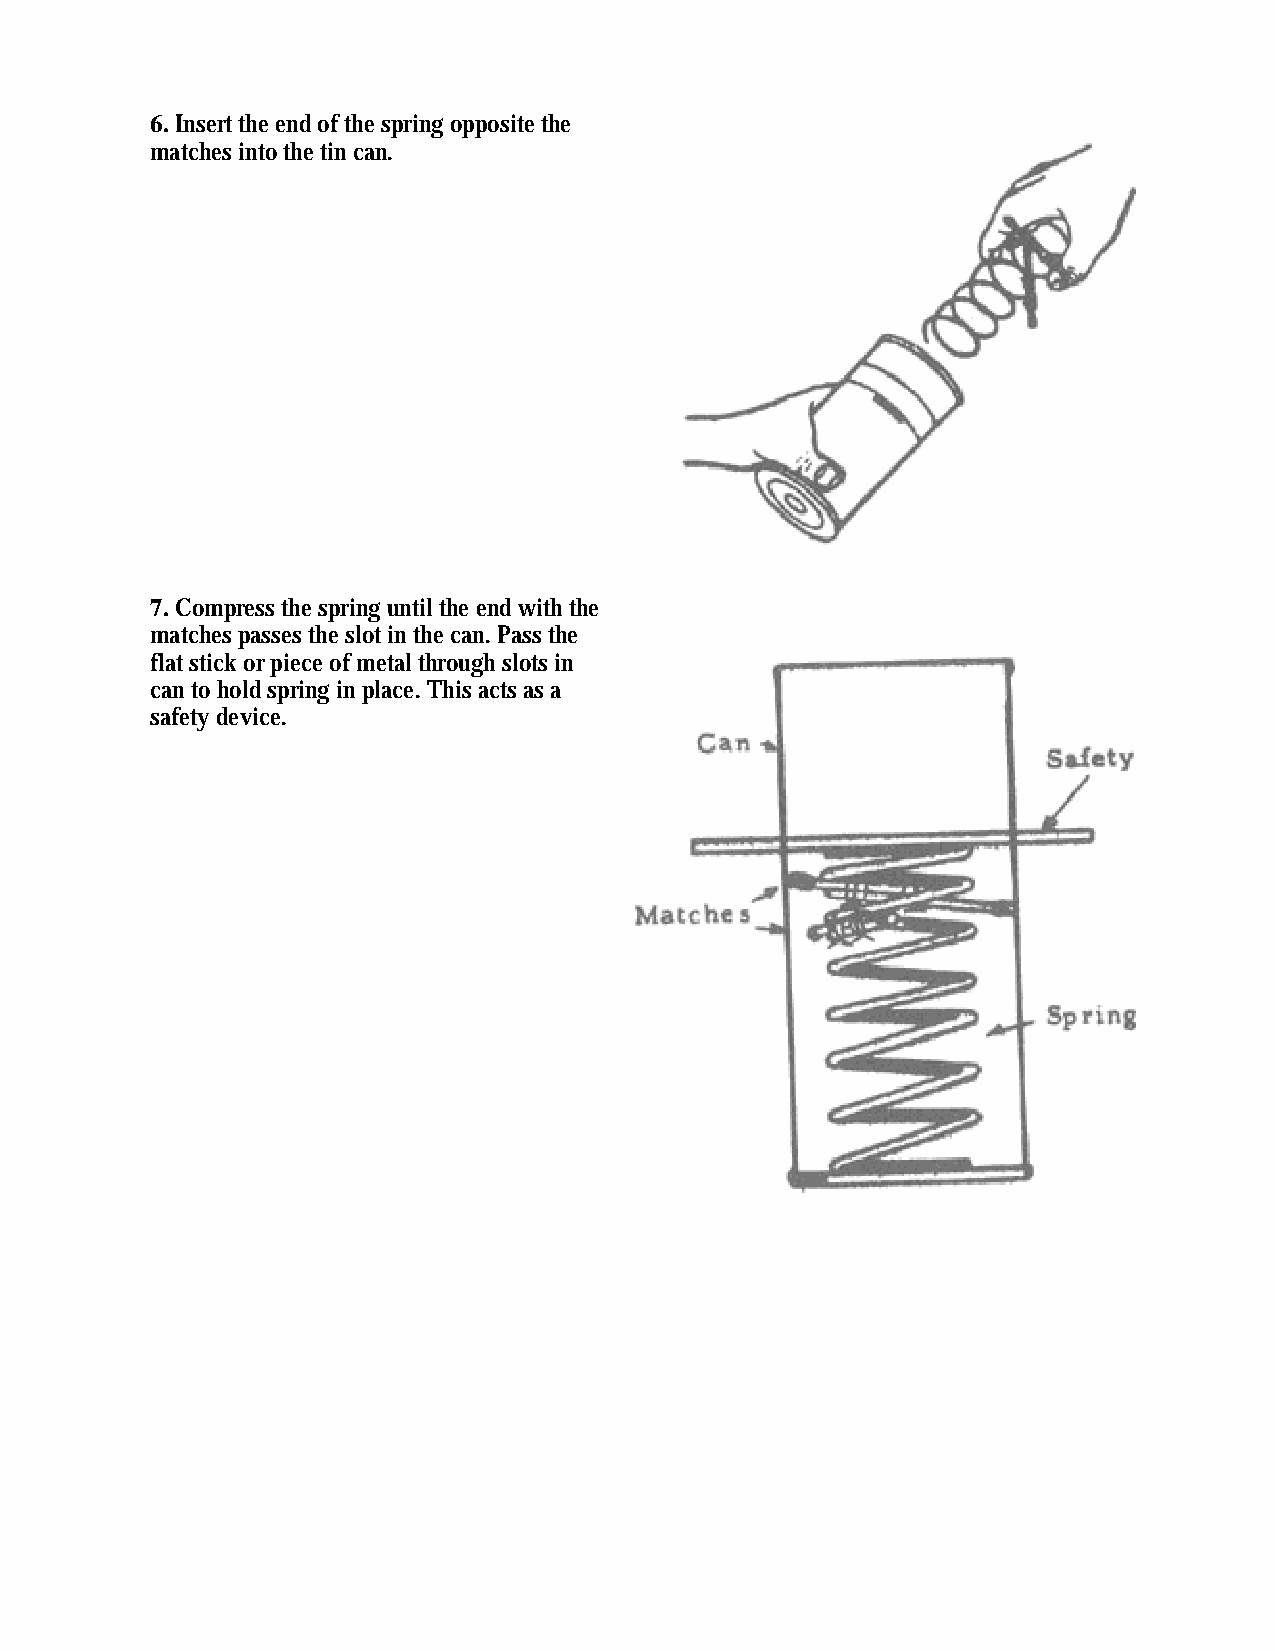
6. Insert the end of the spring opposite the
 matches into the tin can.
 7. Compress the spring until the end with the
 matches passes the slot in the can. Pass the
 flat stick or piece of metal through slots in
 can to hold spring in place. This acts as a
 safety device.